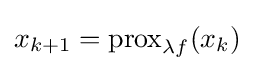
x_{k+1}=\mathrm {prox} _{\lambda f}(x_{k})